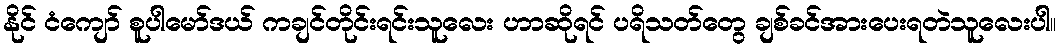
နိုင် ငံကျော် စူပါမော်ဒယ် ကချင်တိုင်းရင်းသူလေး ဟာဆိုရင် ပရိသတ်တွေ ချစ်ခင်အားပေးရတဲသူလေးပါ။